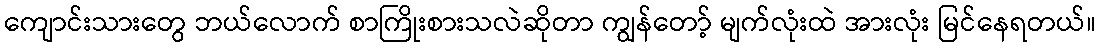
ကျောင်းသားတွေ ဘယ်လောက် စာကြိုးစားသလဲဆိုတာ ကျွန်တော့် မျက်လုံးထဲ အားလုံး မြင်နေရတယ်။